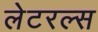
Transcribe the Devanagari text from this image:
लेटरल्स